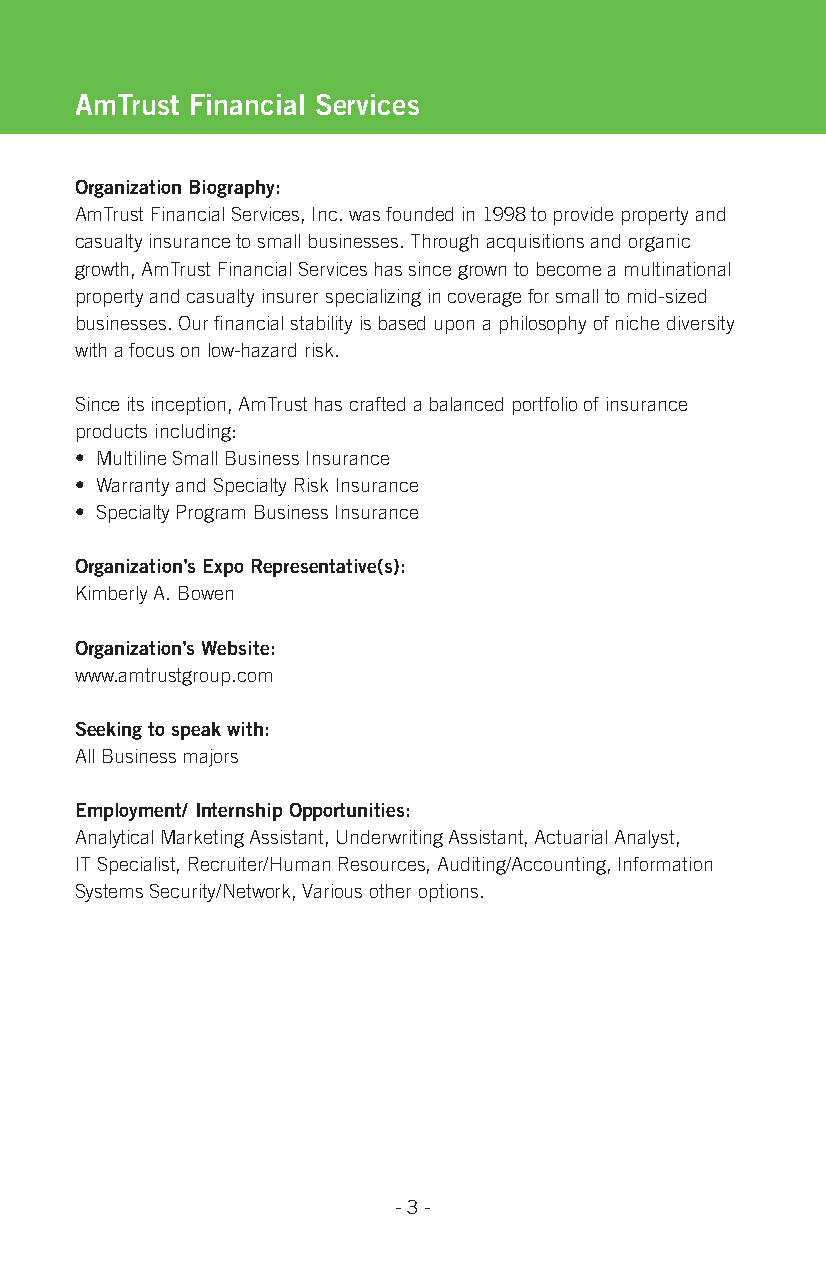
Amtrust Financial services
 organization Biography:
 AmTrust Financial Services, Inc. was founded in 1998 to provide property and
 casualty insurance to small businesses. Through acquisitions and organic
 growth, AmTrust Financial Services has since grown to become a multinational
 property and casualty insurer specializing in coverage for small to mid-sized
 businesses. Our financial stability is based upon a philosophy of niche diversity
 with a focus on low-hazard risk.
 Since its inception, AmTrust has crafted a balanced portfolio of insurance
 products including:
 • Multiline Small Business Insurance
 • Warranty and Specialty Risk Insurance
 • Specialty Program Business Insurance
 organization’s expo representative(s):
 Kimberly A. Bowen
 organization’s Website:
 www.amtrustgroup.com
 seeking to speak with:
 All Business majors
 employment/ internship opportunities:
 Analytical Marketing Assistant, Underwriting Assistant, Actuarial Analyst,
 IT Specialist, Recruiter/Human Resources, Auditing/Accounting, Information
 Systems Security/Network, Various other options.
 - 3 -